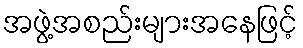
အဖွဲ့အစည်းများအနေဖြင့်